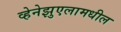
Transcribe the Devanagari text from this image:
व्हेनेझुएलामधील